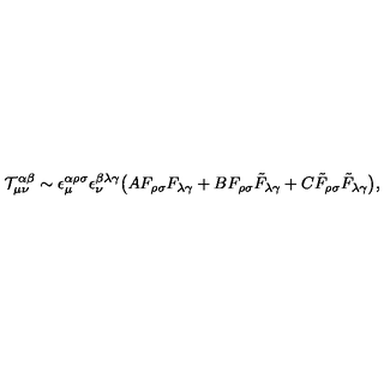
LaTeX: { \cal T } _ { \mu \nu } ^ { \alpha \beta } \sim \epsilon _ { \mu } ^ { \alpha \rho \sigma } \epsilon _ { \nu } ^ { \beta \lambda \gamma } \big ( A F _ { \rho \sigma } F _ { \lambda \gamma } + B F _ { \rho \sigma } \tilde { F } _ { \lambda \gamma } + C \tilde { F } _ { \rho \sigma } \tilde { F } _ { \lambda \gamma } \big ) ,